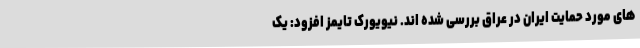
های مورد حمایت ایران در عراق بررسی شده اند. نیویورک تایمز افزود: یک